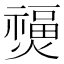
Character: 𤑐